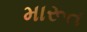
મારૂત